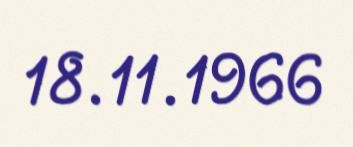
18.11.1966